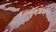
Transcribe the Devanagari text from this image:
हळदीकुंकवांचे